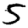
Digit: 5